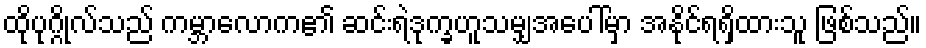
ထိုပုဂ္ဂိုလ်သည် ကမ္ဘာလောက၏ ဆင်းရဲဒုက္ခဟူသမျှအပေါ်မှာ အနိုင်ရရှိထားသူ ဖြစ်သည်။